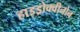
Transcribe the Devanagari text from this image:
हाइड्रोक्वीनोन